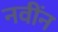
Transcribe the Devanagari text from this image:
नवींन